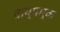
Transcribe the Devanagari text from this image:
वाय्मार्क